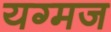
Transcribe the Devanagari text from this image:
यग्मज